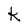
Character: K